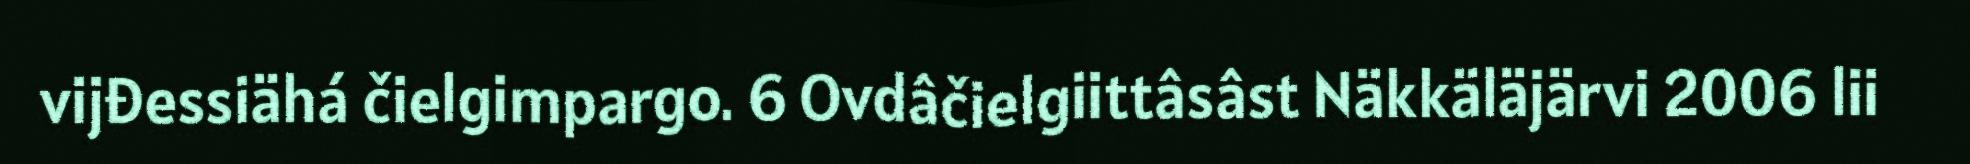
vijđessiähá čielgimpargo. 6 Ovdâčielgiittâsâst Näkkäläjärvi 2006 lii